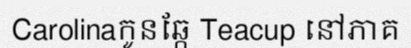
Carolinaកូនឆ្កែ Teacup នៅភាគ